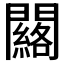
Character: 𨷀